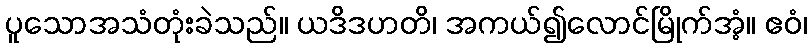
ပူသောအသံတုံးခဲသည်။ ယဒိဒဟတိ၊ အကယ်၍လောင်မြိုက်အံ့။ ဧဝံ၊